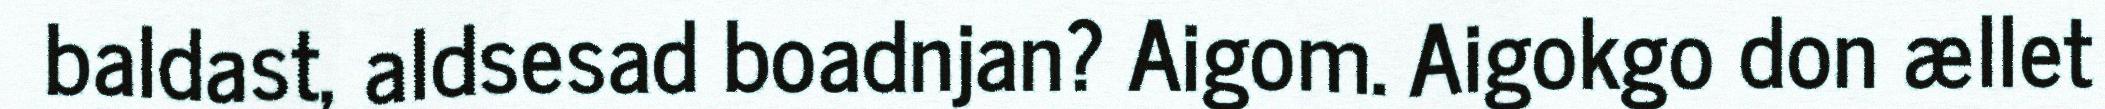
baldast, aldsesad boadnjan? Aigom. Aigokgo don ællet